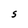
Character: S